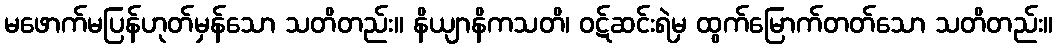
မဖောက်မပြန်ဟုတ်မှန်သော သတိတည်း။ နိယျာနိကသတိ၊ ဝဋ်ဆင်းရဲမှ ထွက်မြောက်တတ်သော သတိတည်း။